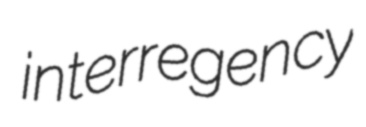
interregency